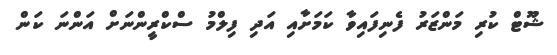
ޝޫޓް ކުރި މަންޒަރު ފެނިފައިވާ ކަމަށާއި އަދި ފިލްމު ސްކްރީންނަށް އަންނަ ކަން